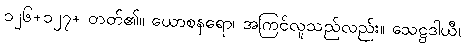
၁၂၆+၁၂၇+ တတ်၏။ ယောစနရော၊ အကြင်လူသည်လည်း။ သေဋ္ဌဒါယီ၊